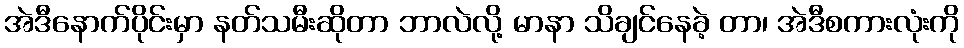
အဲဒီနောက်ပိုင်းမှာ နတ်သမီးဆိုတာ ဘာလဲလို့ မာနာ သိချင်နေခဲ့ တာ၊ အဲဒီစကားလုံးကို